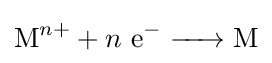
{\ce {M}}^{n+}+n\ {\ce {e- -> M}}